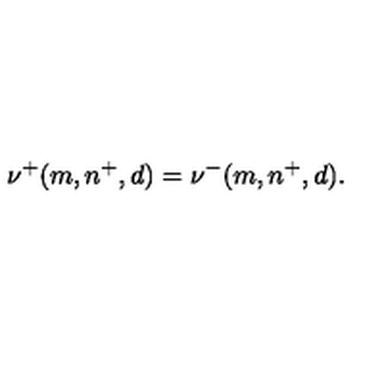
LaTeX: \nu ^ { + } ( m , n ^ { + } , d ) = \nu ^ { - } ( m , n ^ { + } , d ) .